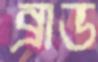
ব্রাড